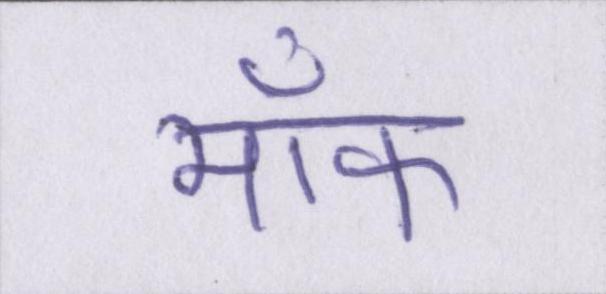
मॉफ